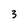
Character: 3